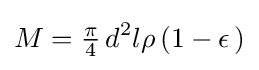
M={\tfrac {\pi }{4}}\,d^{2}l\rho \,(1-\epsilon \,)